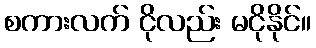
စကားလက် ငိုလည်း မငိုနိုင်။